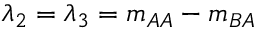
\lambda _ { 2 } = \lambda _ { 3 } = m _ { A A } - m _ { B A }